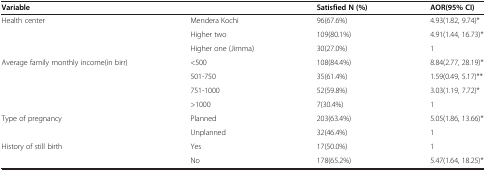
<table><thead><tr><td colspan="2"><b>Variable</b></td><td><b>Satisfied N (%)</b></td><td><b>AOR(95% CI)</b></td></tr></thead><tbody><tr><td rowspan="3">Health center</td><td>Mendera Kochi</td><td>96(67.6%)</td><td>4.93(1.82, 9.74)*</td></tr><tr><td>Higher two</td><td>109(80.1%)</td><td>4.91(1.44, 16.73)*</td></tr><tr><td>Higher one (Jimma)</td><td>30(27.0%)</td><td>1</td></tr><tr><td rowspan="4">Average family monthly income(in birr)</td><td>&lt;500</td><td>108(84.4%)</td><td>8.84(2.77, 28.19)*</td></tr><tr><td>501-750</td><td>35(61.4%)</td><td>1.59(0.49, 5.17)**</td></tr><tr><td>751-1000</td><td>52(59.8%)</td><td>3.03(1.19, 7.72)*</td></tr><tr><td>&gt;1000</td><td>7(30.4%)</td><td>1</td></tr><tr><td rowspan="2">Type of pregnancy</td><td>Planned</td><td>203(63.4%)</td><td>5.05(1.86, 13.66)*</td></tr><tr><td>Unplanned</td><td>32(46.4%)</td><td>1</td></tr><tr><td>History of still birth</td><td>Yes</td><td>17(50.0%)</td><td>1</td></tr><tr><td> </td><td>No</td><td>178(65.2%)</td><td>5.47(1.64, 18.25)*</td></tr></tbody></table>